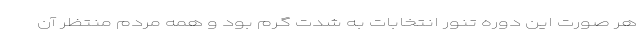
هر صورت این دوره تنور انتخابات به شدت گرم بود و همه مردم منتظر آن